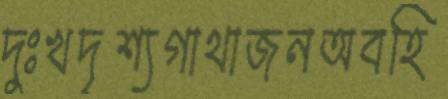
দুঃখদৃশ্যগাথাজনঅবহি